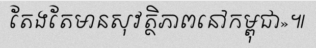
តែងតែមានសុវត្ថិភាពនៅកម្ពុជា»៕